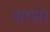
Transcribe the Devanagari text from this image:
पारपार